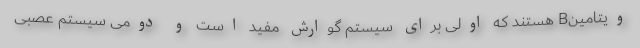
ویتامینB هستند که اولی برای سیستم گوارش مفید است و دومی سیستم عصبی